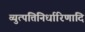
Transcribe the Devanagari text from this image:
व्युत्पत्तिनिर्धारिणादि